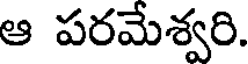
ఆ పరమేశ్వరి.